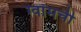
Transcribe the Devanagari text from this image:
ग्वॉमची